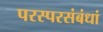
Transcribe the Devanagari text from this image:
परस्परसंबंधां